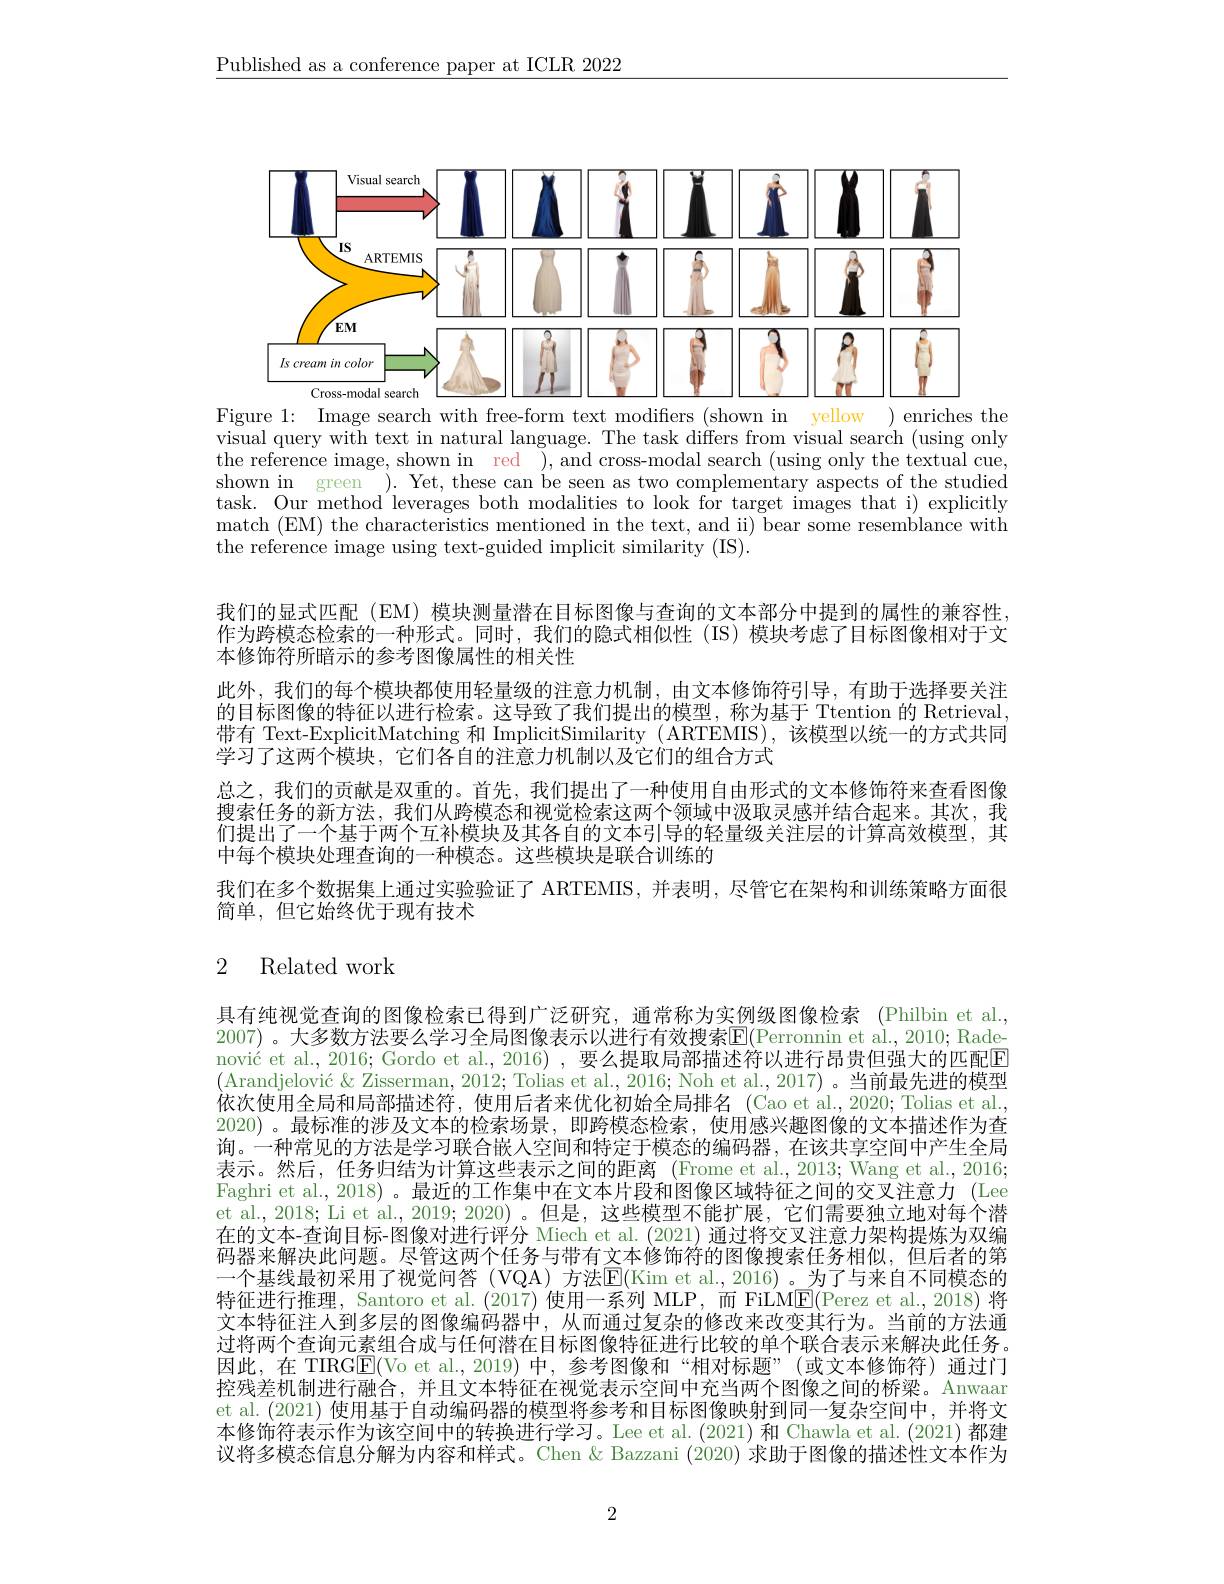
$\underline{\text{Published as a conference paper at ICLR 2022}}$

<FigureHere>
Figure 1: Image search with free-form text modifiers (shown in yellow ) enriches the

visual query with text in natural language. The task differs from visual search (using only the reference image, shown in red ),and cross-modal search (using only the textual cue, shown in green ). Yet, these can be seen as two complementary aspects of the studied task. Our method leverages both modalities to look for target images that i) explicitly match (EM) the characteristics mentioned in the text, and ii) bear some resemblance with the reference image using text-guided implicit similarity (IS).

我们的显式匹配 (EM) 模块测量潜在目标图像与查询的文本部分中提到的属性的兼容性作为跨模态检索的一种形式。同时，我们的隐式相似性(IS)模块考虑了目标图像相对于文本修饰符所暗示的参考图像属性的相关性
此外，我们的每个模块都使用轻量级的注意力机制，由文本修饰符引导，有助于选择要关注的目标图像的特征以进行检索。这导致了我们提出的模型，称为基于 Ttention 的 Retrieval, 带有 Text-ExplicitMatching 和 ImplicitSimilarity ( ARTEMIS),该模型以统一的方式共同学习了这两个模块，它们各自的注意力机制以及它们的组合方式
总之，我们的贡献是双重的。首先，我们提出了一种使用自由形式的文本修饰符来查看图像搜索任务的新方法，我们从跨模态和视觉检索这两个领域中汲取灵感并结合起来。其次，我们提出了一个基于两个互补模块及其各自的文本引导的轻量级关注层的计算高效模型，其中每个模块处理查询的一种模态。这些模块是联合训练的
我们在多个数据集上通过实验验证了 ARTEMIS, 并表明，尽管它在架构和训练策略方面很
简单，但它始终优于现有技术

# 2 Related work

具有纯视觉查询的图像检索已得到广泛研究，通常称为实例级图像检索 (Philbin et al., 2007)。大多数方法要么学习全局图像表示以进行有效搜索$\overline{\mathrm{E}}($Perronnin et al., 2010; Radenović et al., 2016; Gordo et al., 2016) , 要么提取局部描述符以进行昂贵但强大的匹配E $( \text{Arandjelovi\' {c}}\&$ Zisserman, 2012; Tolias et al., 2016; Noh et al., 2017) 。当前最先进的模型依次使用全局和局部描述符，使用后者来优化初始全局排名 (Cao et al.,2020;Tolias et al., 2020)。最标准的涉及文本的检索场景，即跨模态检索，使用感兴趣图像的文本描述作为查询。一种常见的方法是学习联合嵌人空间和特定于模态的编码器，在该共享空间中产生全局表示。然后，任务归结为计算这些表示之间的距离 (Frome et al.,2013; Wang et al.,2016; Faghri et al., 2018) 。最近的工作集中在文本片段和图像区域特征之间的交叉注意力 (Lee et al., 2018; Li et al., 2019; 2020) 。但是，这些模型不能扩展，它们需要独立地对每个潜在的文本-查询目标-图像对进行评分 Miech et al. (2021) 通过将交叉注意力架构提炼为双编码器来解决此问题。尽管这两个任务与带有文本修饰符的图像搜索任务相似，但后者的第一个基线最初采用了视觉问答 (VQA) 方法$\overline{\mathrm{E}}($Kim et al.,2016)。为了与来自不同模态的特征进行推理，Santoro et al.(2017) 使用一系列 MLP, 而 FiLM$\overline{\mathrm{E}}($Perez et al.,2018) 将文本特征注人到多层的图像编码器中，从而通过复杂的修改来改变其行为。当前的方法通过将两个查询元素组合成与任何潜在目标图像特征进行比较的单个联合表示来解决此任务。因此，在 TIRGE(Vo et al.,2019)中，参考图像和“相对标题”(或文本修饰符)通过门控残差机制进行融合，并且文本特征在视觉表示空间中充当两个图像之间的桥梁。Anwaar et al.(2021) 使用基于自动编码器的模型将参考和目标图像映射到同一复杂空间中，并将文本修饰符表示作为该空间中的转换进行学习。Lee et al.(2021) 和 Chawla et al.(2021) 都建议将多模态信息分解为内容和样式。Chen & Bazzani (2020)求助于图像的描述性文本作为

2